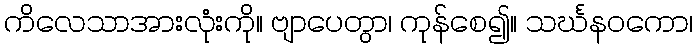
ကိလေသာအားလုံးကို။ ဗျာပေတွာ၊ ကုန်စေ၍။ သင်္ဃနဝကော၊